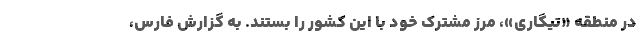
در منطقه «تیگاری»، مرز مشترک خود با این کشور را بستند. به گزارش فارس،